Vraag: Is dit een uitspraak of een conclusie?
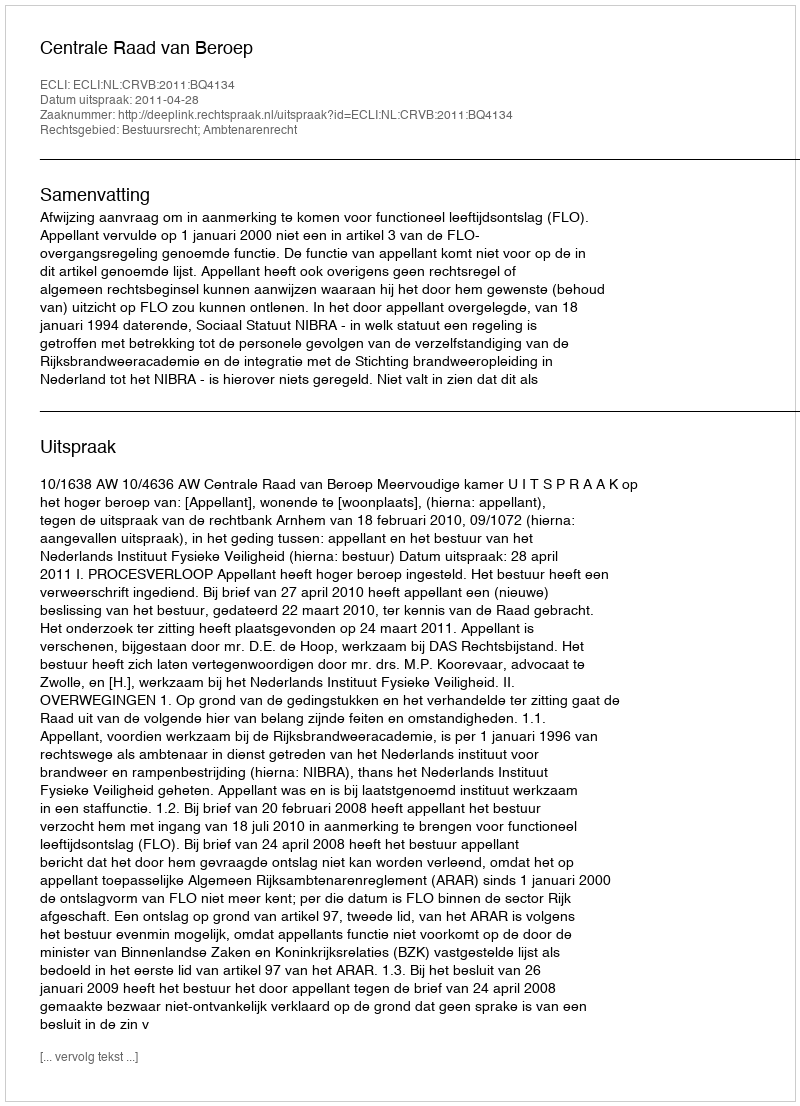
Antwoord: Uitspraak